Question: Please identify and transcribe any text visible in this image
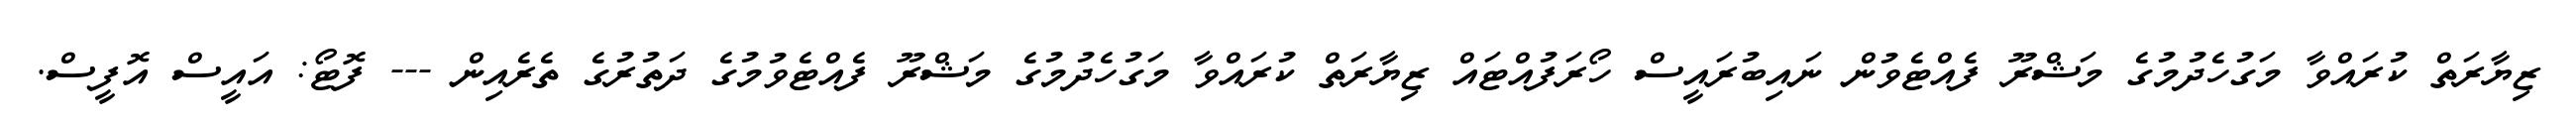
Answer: ޒިޔާރަތް ކުރައްވާ މަގުހެދުމުގެ މަޝްރޫ ފެއްޓެވުން ނައިބުރައީސް ހޯރަފުއްޓައް ޒިޔާރަތް ކުރައްވާ މަގުހެދުމުގެ މަޝްރޫ ފެއްޓެވުމުގެ ދަތުރުގެ ތެރެއިން --- ފޮޓޯ: އައީސް އޮފީސް.